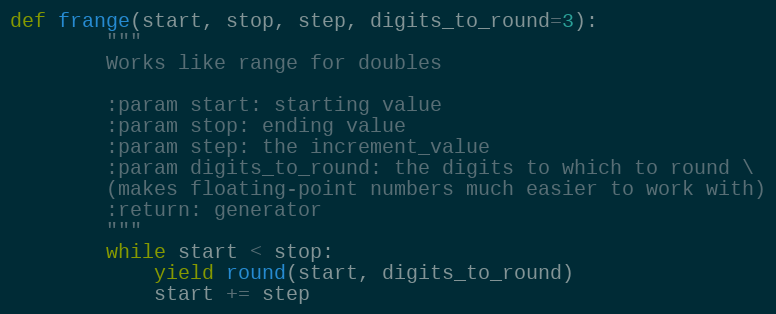
Language: Python
def frange(start, stop, step, digits_to_round=3):
        """
        Works like range for doubles

        :param start: starting value
        :param stop: ending value
        :param step: the increment_value
        :param digits_to_round: the digits to which to round \
        (makes floating-point numbers much easier to work with)
        :return: generator
        """
        while start < stop:
            yield round(start, digits_to_round)
            start += step